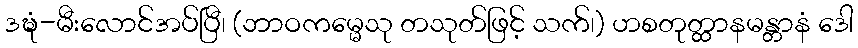
ဒဍ္ဎံ-မီးလောင်အပ်ပြီ၊ (ဘာဝကမ္မေသု တသုတ်ဖြင့် သက်၊) ဟစတုတ္ထာနမန္တာနံ ဒေါ